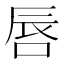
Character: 唇